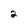
Character: 2